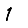
Digit: 1